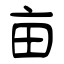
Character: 亩